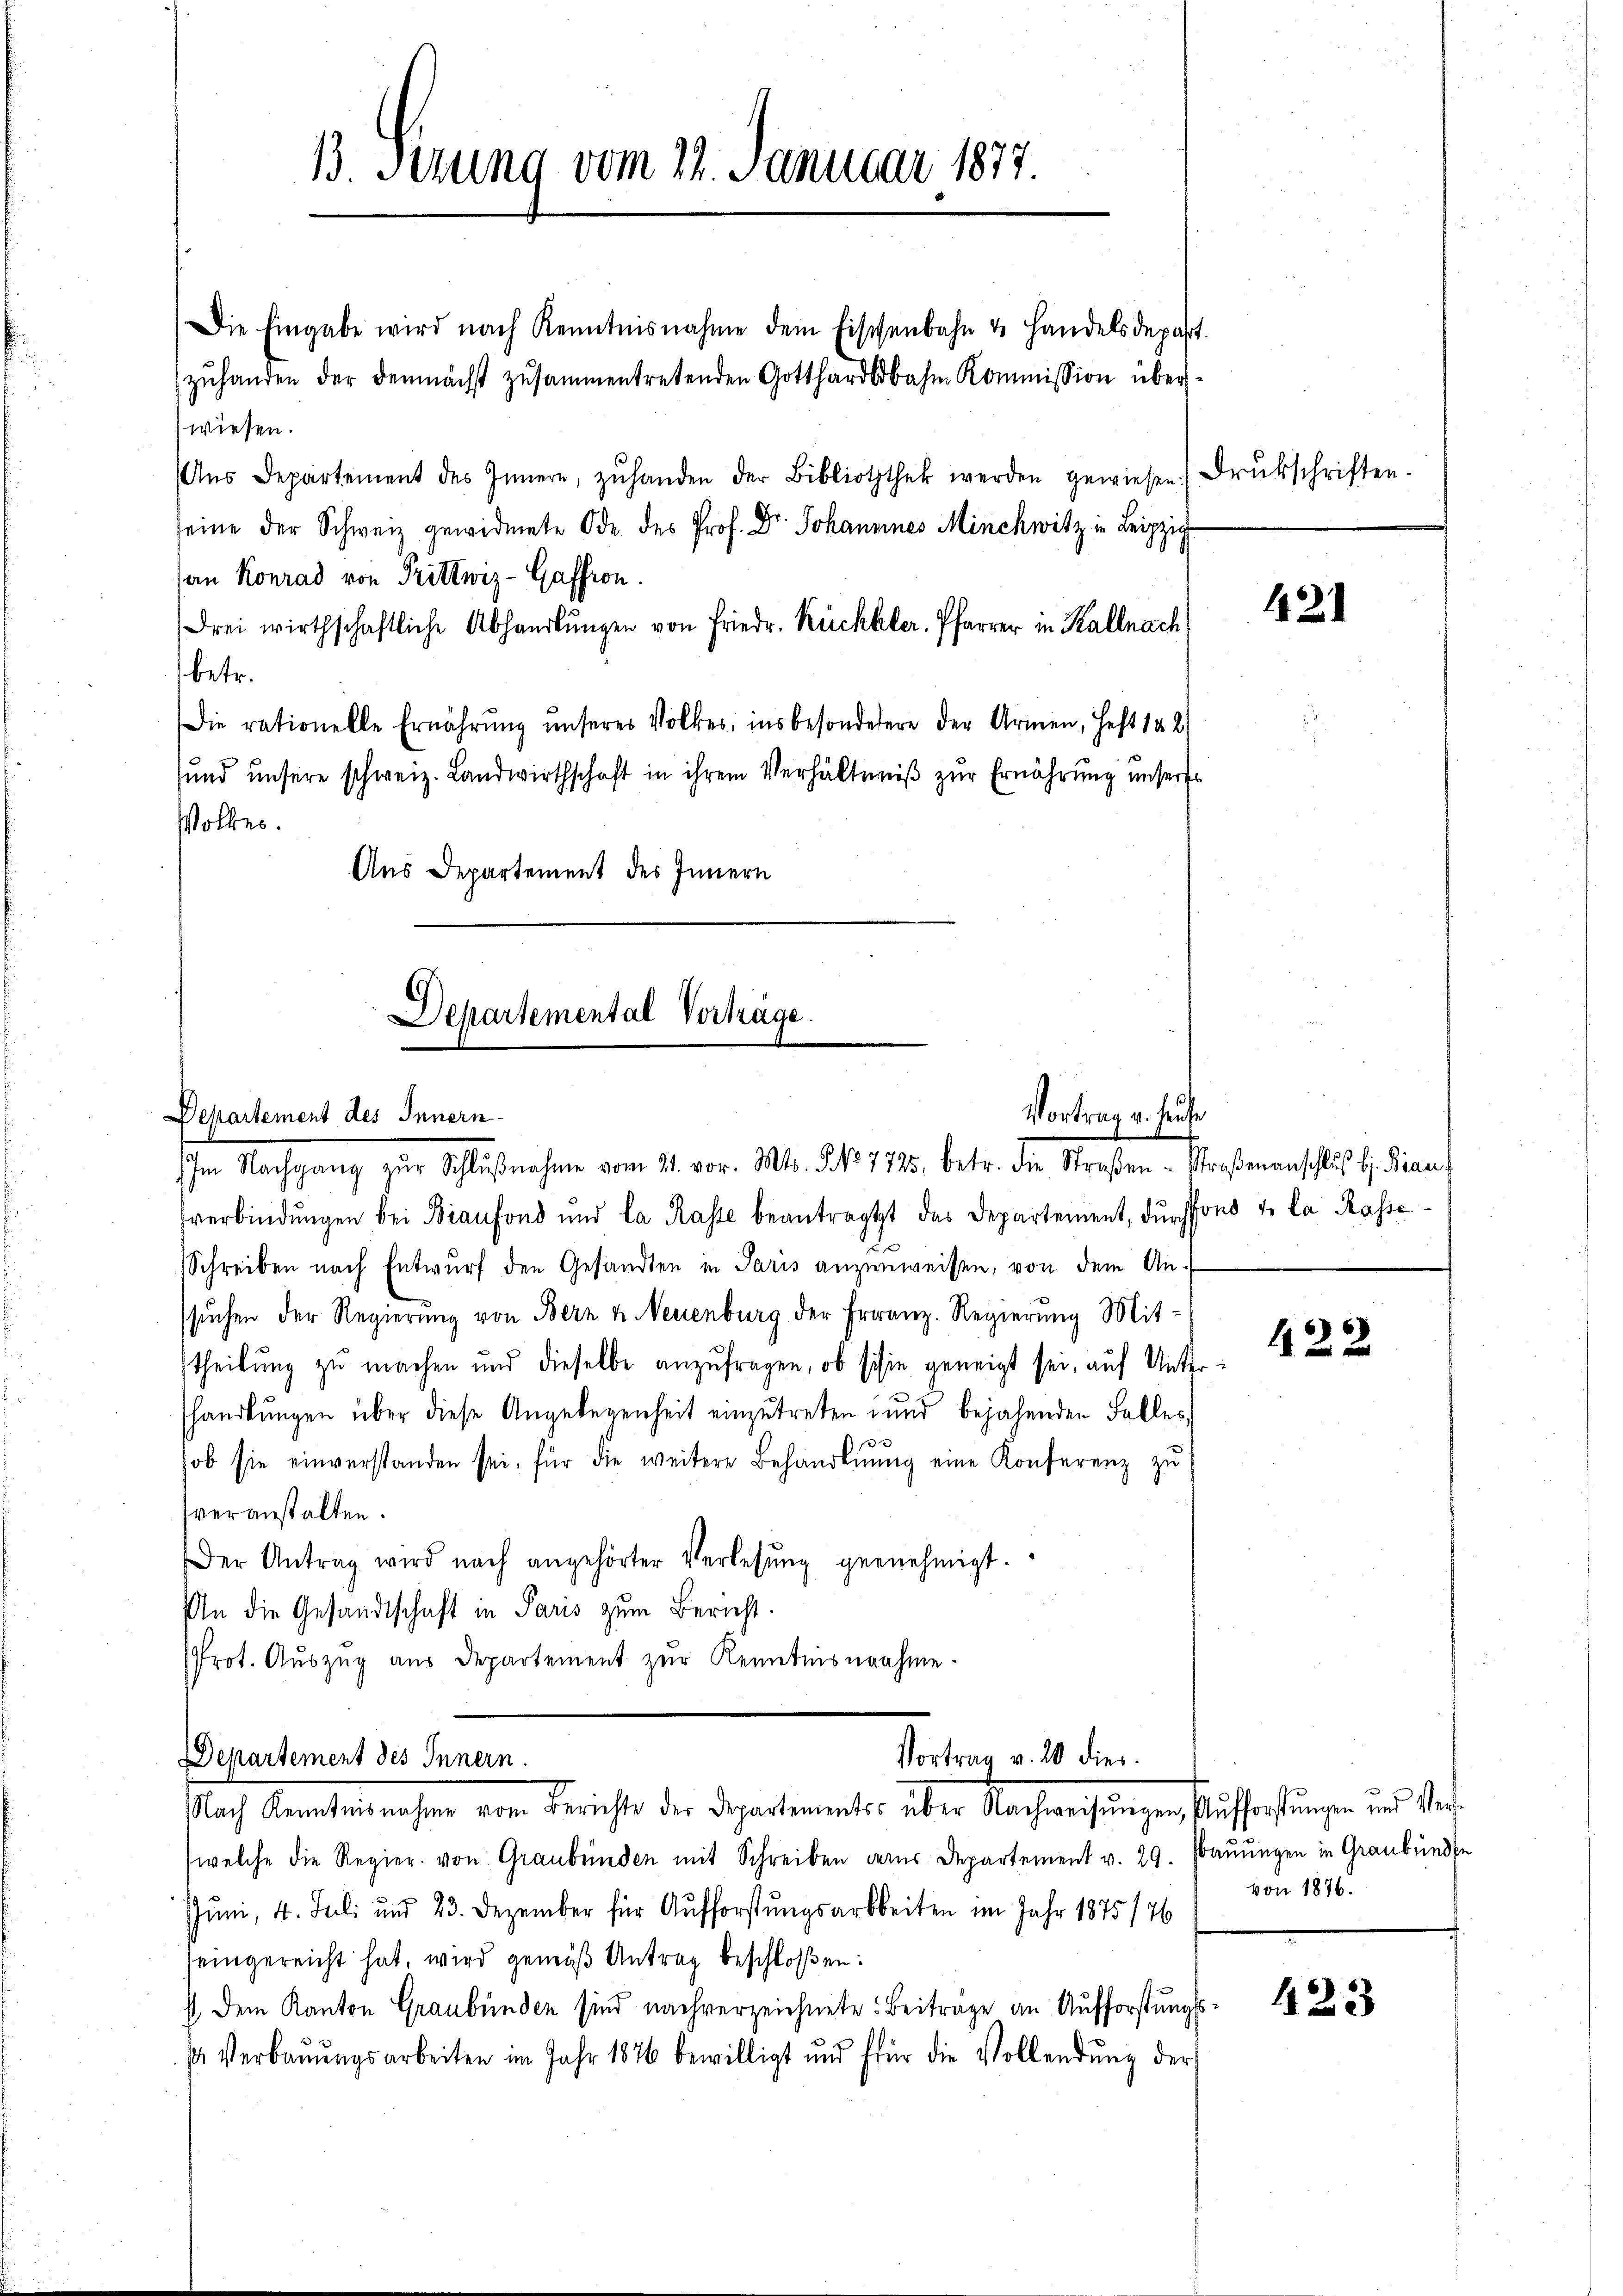
13. Serung vom 22. Januar 1877.

Die Eingabe wird nach Kenntnisnahme dem Fischenbahn & Handelsdepart.
zŭhanden der demnächst zusammentretenden Gotthardbahn Kommission über
wiesen.
Ans Departement des Innern, zŭhanden der Bibliothek werden gewiesen. Drukschriften.
seine der Schweiz gewidmete Ode des Prof. Dr. Johannnes Münchwitz in Leipzig
an Konrad von Trittwiz-Gaffron.
drei wirthschaftliche Abhandlŭngen von Friedr. Rückkler, Pfarrer in Kalnach
betr.
Die rationelle Ernährŭng ŭnseres Volkes, ins besonderere der Armen, Heft 182
sund unsere schweiz. Landwirthschaft in ihrem Verhältniß zur Ernährung unseres
Volkes.
Aus Departement des Innern

Departemental Vortrage.
Departement des Innern

Im Nachgang zŭr Schlŭβnahme vom 21. vor. Mts. 5 No 7725. betr. die Straβen-Straßenanschlŭβ b. Kran
verbindŭngen bei Bianfond und la Rasse beantragtt das Departement, durchsono te la Rasse
Schreiben nach Entwurf den Gesandten in Paris anzenweisen, von dem Ansuchen der Regierung von Bern u. Nevienburg der Franz. Regierung Mittheilung zu machen und dieselbe anzufragen, ob schie geneigt sei, auf Untershandlungen über diese Angelegenheit einzutreten und bejahenden Falles,
.
ob sie einverstanden sei, für die weitere Behandlung eine Konferenz zu
veranstalten.
Der Antrag wird nach angehörter Verlesung gernehmigt.
An die Gesandtschaft in Paris zum Bericht.
Prot. Aŭszŭg aŭs Departement zŭr Kenntnisnahme.

Vortrag v. Heute

Vortrag v. 20 dies
Departement des Innern.
Nach Kenntnisnahme vom Berichte der Departements über Nachweisungen, Aufforstungen und Ver¬

(welche die Regier von Graubünden mit Schreiben des Departement v. 29. Bauungen in Graubünden
Juni, 4. Juli und 23. Dezember für Aufforstungsarbeiten im Jahr 1875176
eingereicht hat, wird gemäß Antrag beschloßen:
4 Dem Kanton Graubünden sind nachverzeichnete: Beitrage an Aufforstungss Verbaŭŭngsarbeiten im Jahr 1876 bewilligt und für die Vollendŭng der

421

422

von 1876.

423